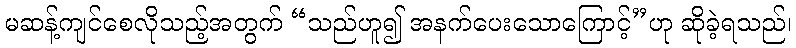
မဆန့်ကျင်စေလိုသည့်အတွက် “သည်ဟူ၍ အနက်ပေးသောကြောင့်”ဟု ဆိုခဲ့ရသည်၊